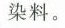
染料。